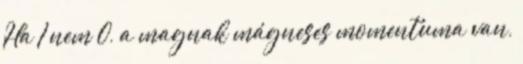
Ha I nem 0, a magnak mágneses momentuma van,